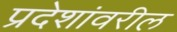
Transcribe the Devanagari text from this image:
प्रदेशांवरील